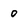
Character: 0